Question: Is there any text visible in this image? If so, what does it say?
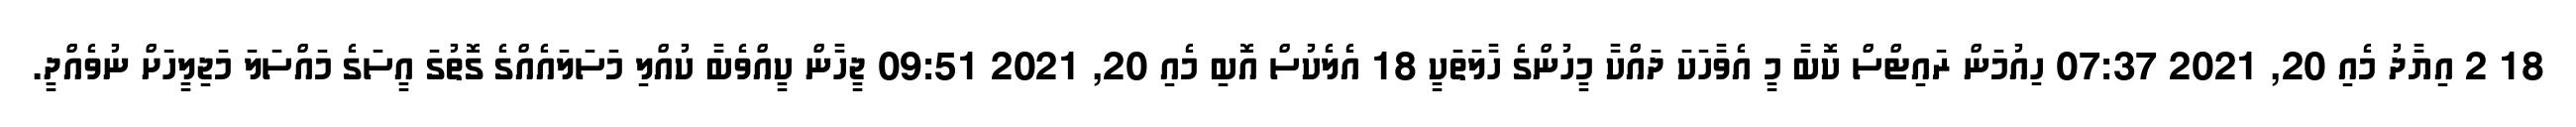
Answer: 18 2 އިޔާދު މެއި 20, 2021 07:37 ހިއުމަން ރައިޓްސް ކޮބާ މީ އެވާހަކަ ދައްކާ މީހުންގެ ހާލަތަކީ 18 އެލެކުސް އޮބި މެއި 20, 2021 09:51 ޖީހާން ކީއްވެބާ ކުއްލި މަސަލައެއްގެ ގޮތުގަ އީސަގެ މައްސަލަ މަޖިލީހަށް ނުވެއްދީ.